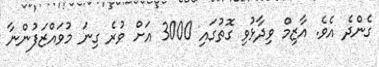
ގެންދެ އެވެ. އާޒިމް ވިދާޅުވި ގޮތުގައި 3000 އަށް ވުރެ ގިނަ މުވައްޒަފުންނާ